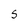
Character: S